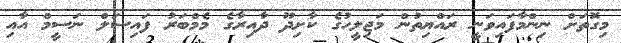
މިގޮތަށް ނިންމާފައިވަނީ ރައްޔިތުން މަޖިލީހުގެ ކާށިދޫ ދާއިރާގެ މެމްބަރު ފައިސަލް ނަސީމް އާއި